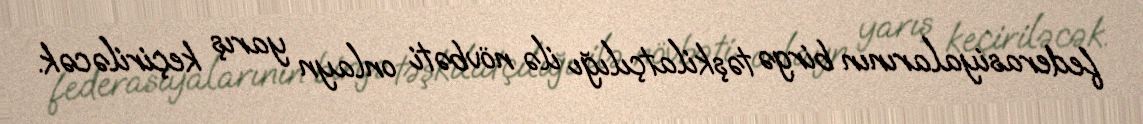
federasiyalarının birgə təşkilatçılığı ilə növbəti onlayn yarış keçiriləcək.